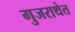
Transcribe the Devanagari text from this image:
गुजराथेत